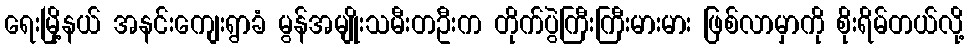
ရေးမြို့နယ် အနင်းကျေးရွာခံ မွန်အမျိုးသမီးတဦးက တိုက်ပွဲကြီးကြီးမားမား ဖြစ်လာမှာကို စိုးရိမ်တယ်လို့